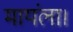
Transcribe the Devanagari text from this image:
मायंला।